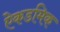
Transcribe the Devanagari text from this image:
ऐकडमिक